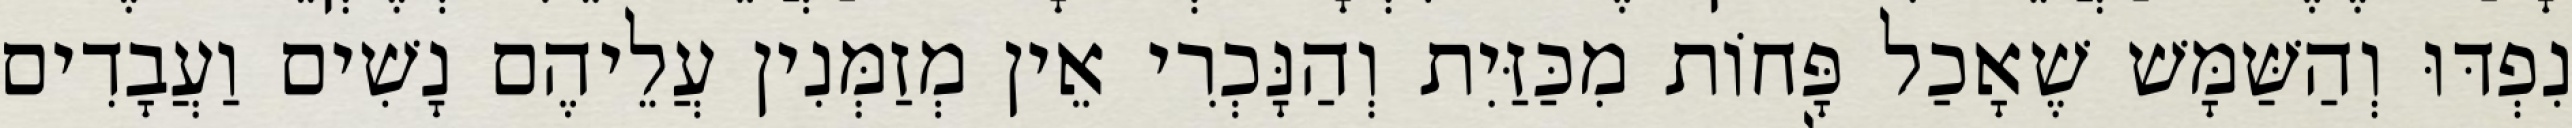
נִפְדּוּ וְהַשַּׁמָּשׁ שֶׁאָכַל פָּחוֹת מִכַּזַּיִת וְהַנָּכְרִי אֵין מְזַמְּנִין עֲלֵיהֶם נָשִׁים וַעֲבָדִים